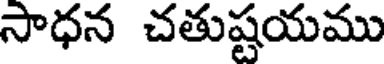
సాధన చతుష్టయము